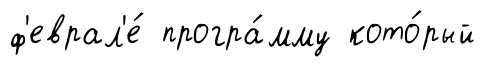
ф'еврал'е́ програ́мму кото́рый